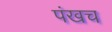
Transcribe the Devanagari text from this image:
पंखच